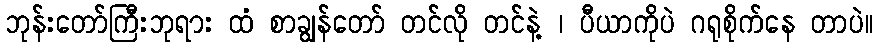
ဘုန်းတော်ကြီးဘုရား ထံ စာချွန်တော် တင်လို တင်နဲ့ ၊ ပီယာကိုပဲ ဂရုစိုက်နေ တာပဲ။